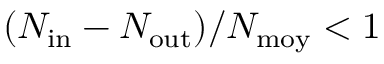
( N _ { \mathrm { i n } } - N _ { \mathrm { o u t } } ) / N _ { \mathrm { m o y } } < 1